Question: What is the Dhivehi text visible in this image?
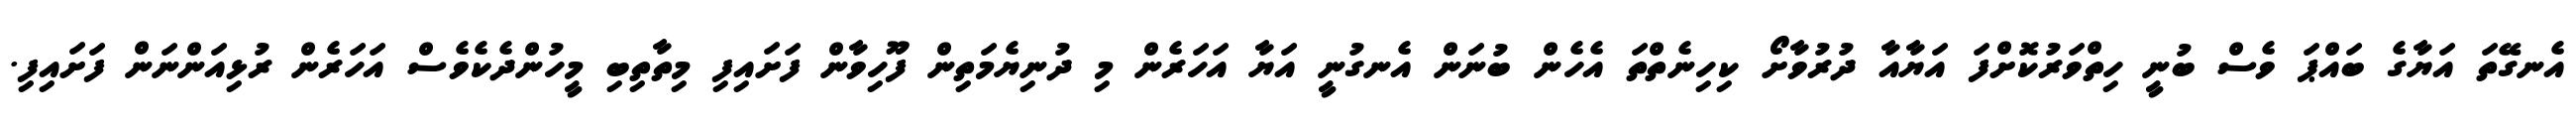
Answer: އެނގޭތަ އަޔާގެ ބައްޕަ ވެސް ބުނީ ހިތްވަރުކޮށްފަ އަޔާއާ ދުރުވާށޯ ކިހިނެތްތަ އެހެން ބުނަން އެނގުނީ އަޔާ އަހަރެން މި ދުނިޔެމަތިން ފޫހިވާން ފަށައިފި މިތާތިބި މީހުންދެކެވެސް އަހަރެން ރުޅިއަންނަން ފަށައިފި.